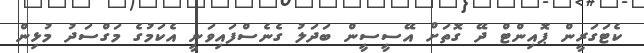
ކެޓަގަރީން ޕޮއިންޓް ދޭ ގޮތަށް އޭސީސީން ބަދަލު ގެނެސްފައިވަނީ އެކަމުގެ މަގްސަދު މުޅިން